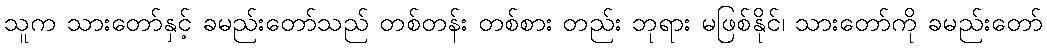
သူက သားတော်နှင့် ခမည်းတော်သည် တစ်တန်း တစ်စား တည်း ဘုရား မဖြစ်နိုင်၊ သားတော်ကို ခမည်းတော်